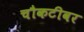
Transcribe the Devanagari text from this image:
चौकटीवर